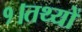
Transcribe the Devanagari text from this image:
१।तथ्यों